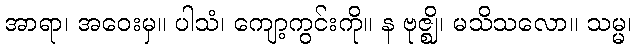
အာရာ၊ အဝေးမှ။ ပါသံ၊ ကျော့ကွင်းကို။ န ဗုဇ္ဈိ၊ မသိသလော။ သမ္မ၊